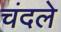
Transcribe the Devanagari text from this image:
चंदले